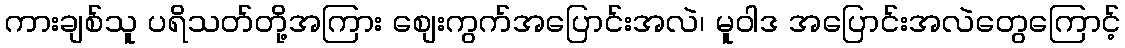
ကားချစ်သူ ပရိသတ်တို့အကြား စျေးကွက်အပြောင်းအလဲ၊ မူဝါဒ အပြောင်းအလဲတွေကြောင့်